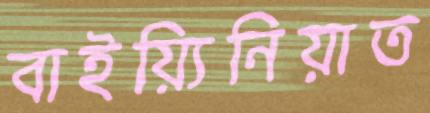
বাইয়্যিনিয়াত